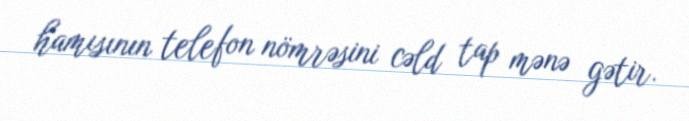
hamısının telefon nömrəsini cəld tap mənə gətir.